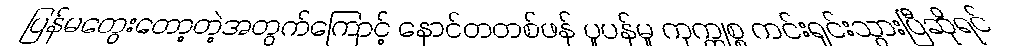
ပြန်မတွေးတော့တဲ့အတွက်ကြောင့် နောင်တတစ်ဖန် ပူပန်မှု ကုက္ကုစ္စ ကင်းရှင်းသွားပြီဆိုရင်